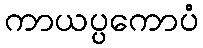
ကာယပ္ပကောပံ